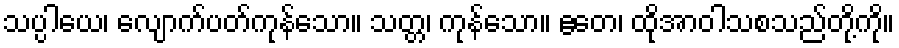
သပ္ပါယေ၊ လျောက်ပတ်ကုန်သော။ သတ္တ၊ ကုန်သော။ ဧတေ၊ ထိုအာဝါသစသည်တို့ကို။